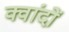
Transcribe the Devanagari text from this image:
क्वांदों